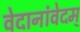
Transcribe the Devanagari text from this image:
वेदानांवेदम्